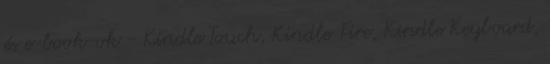
és e-book-ok - Kindle Touch, Kindle Fire, Kindle Keyboard,